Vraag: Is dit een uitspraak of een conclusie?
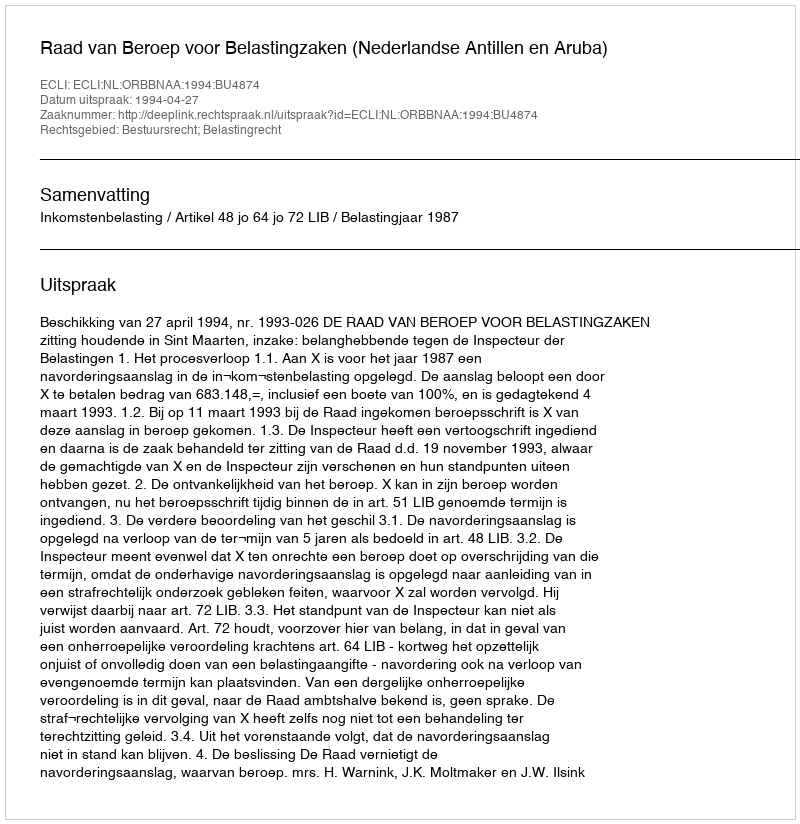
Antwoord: Uitspraak